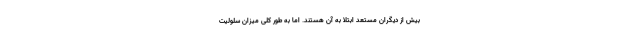
بیش از دیگران مستعد ابتلا به آن هستند. اما به طور کلی میزان سلولیت